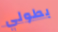
بطولي